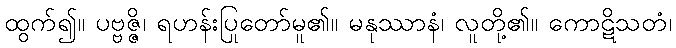
ထွက်၍။ ပဗ္ဗဇ္ဇိ၊ ရဟန်းပြုတော်မူ၏။ မနုဿာနံ၊ လူတို့၏။ ကောဋိသတံ၊